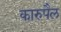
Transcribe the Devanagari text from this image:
कारुपैल